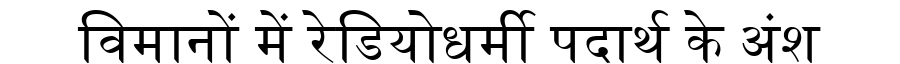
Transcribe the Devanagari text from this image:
विमानों में रेडियोधर्मी पदार्थ के अंश